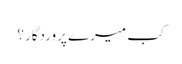
کب میرے پروردگار؟